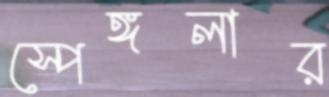
স্পেঙ্গলার